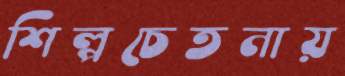
শিল্পচেতনায়